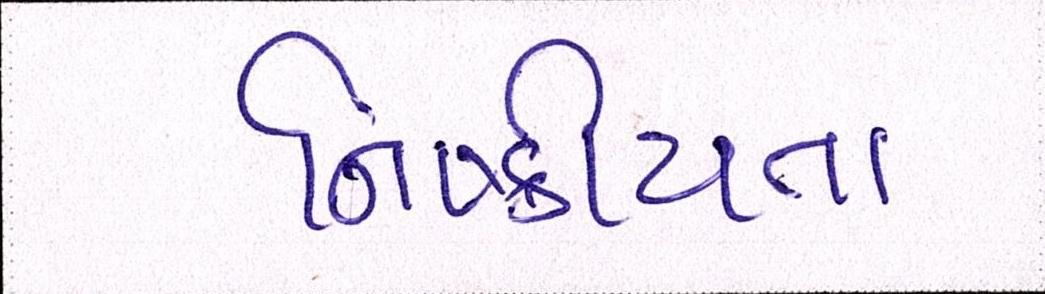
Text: નિષ્ક્રીયતા